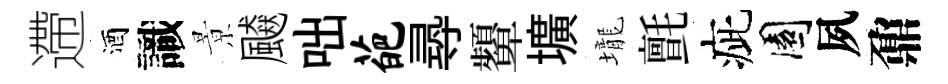
遰酒識㬌飇咄葩𡬶顰壙壠氈疵園夙鼐